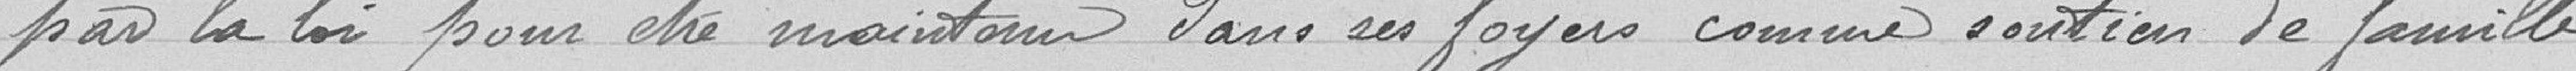
par la loi pour être maintenu dans ses foyers comme soutien de famille.